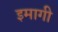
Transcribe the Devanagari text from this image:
इमागी